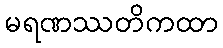
မရဏဿတိကထာ